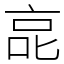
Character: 㖜